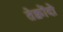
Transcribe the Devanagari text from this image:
तेक्वोंदो